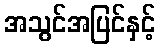
အသွင်အပြင်နှင့်